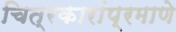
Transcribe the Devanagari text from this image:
चित्रकारांप्रमाणे